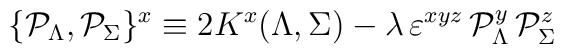
\{{\cal P}_\Lambda, {\cal P}_\Sigma\}^x \equiv 2 K^x (\Lambda,\Sigma)  - { {\lambda}} \, \varepsilon^{xyz} \,{\cal P}_\Lambda^y  \, {\cal P}_\Sigma^z